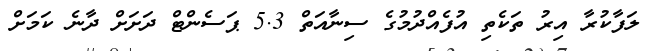
ލަފާކުރާ އިރު ތަކެތި އުފެއްދުމުގެ ސިނާއަތް 5.3 ޕަސެންޓް ދަށަށް ދާނެ ކަމަށް